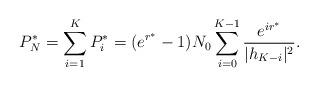
LaTeX: \begin{align*} P_N^*=\sum_{i=1}^K P_i^*=(e^{r^*}-1)N_0\sum_{i=0}^{K-1}\frac{e^{ir^*}}{|h_{K-i}|^2}.\end{align*}